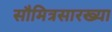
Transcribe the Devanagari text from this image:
सौमित्रसारख्या